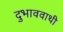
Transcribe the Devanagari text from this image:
दुभाववाथी